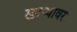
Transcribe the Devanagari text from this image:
खाप्यावर